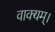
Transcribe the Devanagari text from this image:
वाक्यम्।